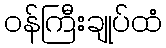
ဝန်ကြီးချုပ်ထံ